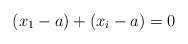
\begin{align*}(x_1-a)+(x_i-a)=0\end{align*}